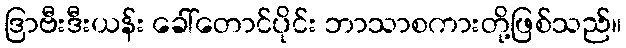
ဒြာဗီးဒီးယန်း ခေါ်တောင်ပိုင်း ဘာသာစကားတို့ဖြစ်သည်။